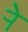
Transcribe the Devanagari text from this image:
र्‍ाे